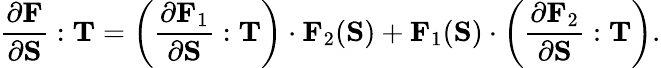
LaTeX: {\frac{\partial\mathbf{F}}{\partial\mathbf{S}}}:\mathbf{T}=\left({\frac{\partial\mathbf{F}_{1}}{\partial\mathbf{S}}}:\mathbf{T}\right)\cdot\mathbf{F}_{2}(\mathbf{S})+\mathbf{F}_{1}(\mathbf{S})\cdot\left({\frac{\partial\mathbf{F}_{2}}{\partial\mathbf{S}}}:\mathbf{T}\right).